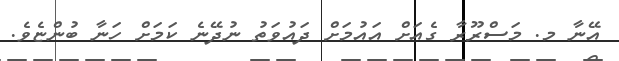
އޭނާ މ. މަސްރޫރާ ގެއަށް އައުމަށް ދައުވަތު ނުދޭނެ ކަމަށް ހަނާ ބުންޏެވެ.